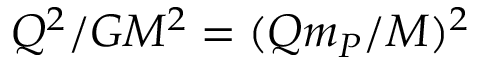
Q ^ { 2 } / G M ^ { 2 } = ( Q m _ { P } / M ) ^ { 2 }